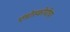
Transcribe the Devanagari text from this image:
एंडोस्कोपीचा